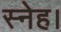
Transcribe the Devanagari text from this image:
स्नेह।